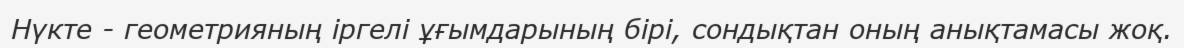
Нүкте - геометрияның іргелі ұғымдарының бірі, сондықтан оның анықтамасы жоқ.